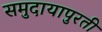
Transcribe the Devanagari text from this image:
समुदायापुरती